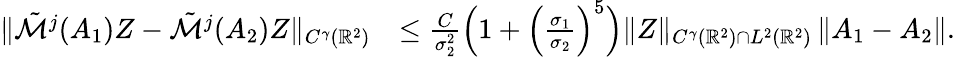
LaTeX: \begin{array}{rl}{\| \tilde{\mathcal{M}}^{j}(A_{1})Z-\tilde{\mathcal{M}}^{j}(A_{2})Z\| _{C^{\gamma}(\mathbb{R}^{2})}}&{\leq\frac{C}{\sigma_{2}^{2}}\Big(1+\Big(\frac{\sigma_{1}}{\sigma_{2}}\Big)^{5}\Big)\| Z\| _{C^{\gamma}(\mathbb{R}^{2})\cap L^{2}(\mathbb{R}^{2})}\left\lVert A_{1}-A_{2}\right\rVert.}\end{array}